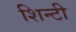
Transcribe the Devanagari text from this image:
शिन्टी